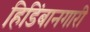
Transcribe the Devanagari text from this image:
हिडिंबानगारी